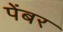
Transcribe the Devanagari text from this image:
पेंबर